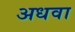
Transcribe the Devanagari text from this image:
अधवा